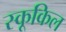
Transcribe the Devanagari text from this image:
स्कूकिल